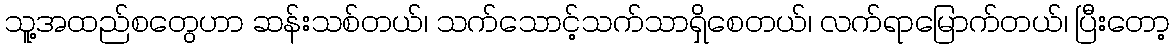
သူ့အထည်စတွေဟာ ဆန်းသစ်တယ်၊ သက်သောင့်သက်သာရှိစေတယ်၊ လက်ရာမြောက်တယ်၊ ပြီးတော့